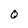
Character: O